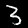
Digit: 3